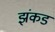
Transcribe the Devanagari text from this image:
झंकड